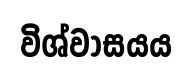
විශ්වාසයය